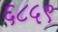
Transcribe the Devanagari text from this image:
६८५९